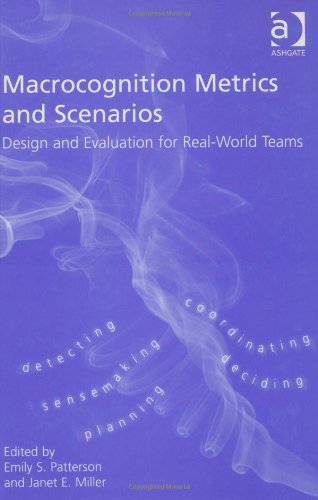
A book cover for Macrocognition Metrics and Scenarios; Emily S. Patterson; Science & Math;